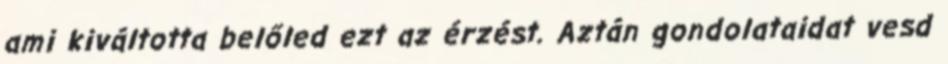
ami kiváltotta belőled ezt az érzést. Aztán gondolataidat vesd